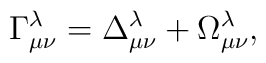
\Gamma^\lambda_{\mu\nu}=\Delta^\lambda_{\mu\nu}+\Omega^\lambda_{\mu\nu},